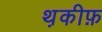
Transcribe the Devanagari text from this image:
थ़कीफ़